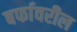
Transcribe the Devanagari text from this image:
बर्फावरील